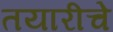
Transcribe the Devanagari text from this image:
तयारीचे